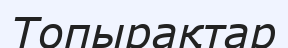
Топырақтар